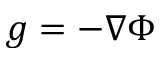
g = - \nabla \Phi